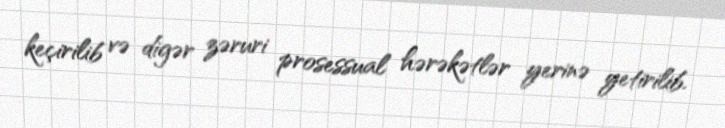
keçirilib və digər zəruri prosessual hərəkətlər yerinə yetirilib.